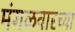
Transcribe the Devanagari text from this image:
मंगळवारच्या